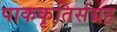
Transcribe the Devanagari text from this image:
पाककृतिसंग्रह